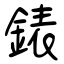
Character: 錶